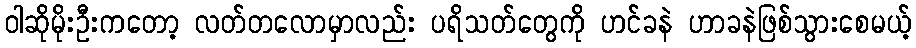
ဝါဆိုမိုးဦးကတော့ လတ်တလောမှာလည်း ပရိသတ်တွေကို ဟင်ခနဲ ဟာခနဲဖြစ်သွားစေမယ့်